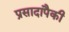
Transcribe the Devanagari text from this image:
प्रसादापैकी